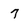
Character: 7